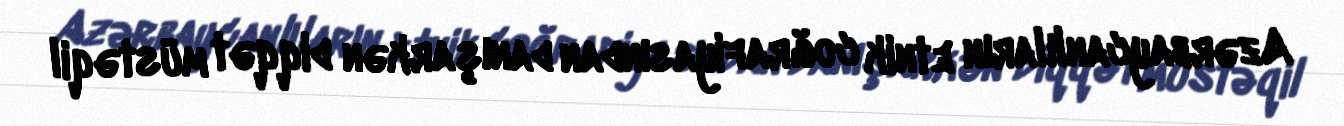
Azərbaycanlıların etnik coğrafiyasından danışarkən diqqət müstəqil